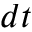
d t